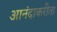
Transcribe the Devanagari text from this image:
आनंदाकरीता